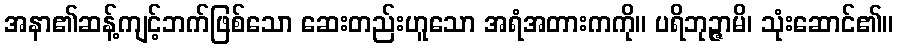
အနာ၏ဆန့်ကျင့်ဘက်ဖြစ်သော ဆေးတည်းဟူသော အရံအတားကကို။ ပရိဘုဉ္ဇာမိ၊ သုံးဆောင်၏။